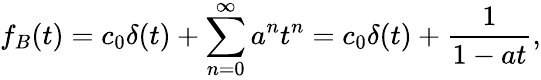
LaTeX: f_{B}(t)=c_{0}\delta(t)+\sum_{n=0}^{\infty}a^{n}t^{n}=c_{0}\delta(t)+{\frac{1}{1-at}},